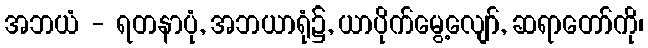
အဘယံ - ရတနာပုံ, အဘယာရုံ၌, ယာပိုက်မွေ့လျော်, ဆရာတော်ကို၊